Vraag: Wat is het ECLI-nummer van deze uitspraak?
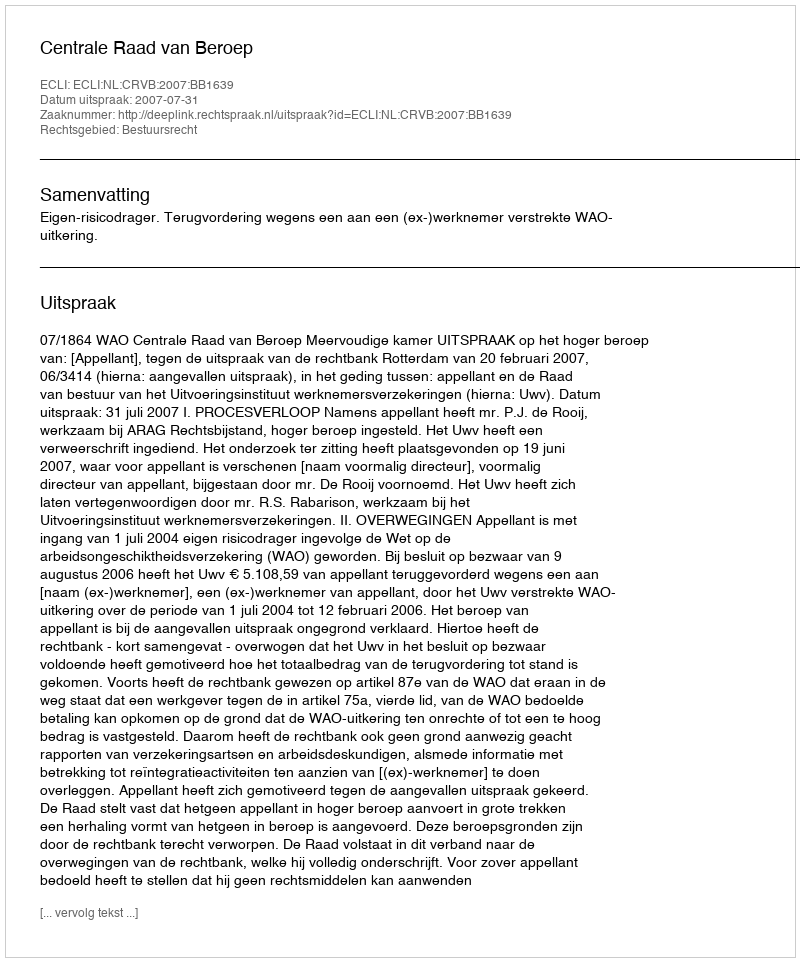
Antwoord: ECLI:NL:CRVB:2007:BB1639